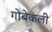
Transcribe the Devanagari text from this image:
गोबेकली